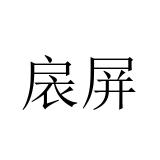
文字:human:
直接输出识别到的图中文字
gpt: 扆屏